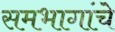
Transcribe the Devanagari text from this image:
समभागांचे